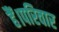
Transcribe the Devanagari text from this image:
हैं।परिवार